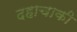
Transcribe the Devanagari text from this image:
दहाचाकी